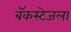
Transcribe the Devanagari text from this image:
बॅकस्टेजला